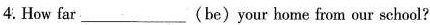
4. How far_________(be)your home from our school?